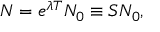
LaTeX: { \cal N } = e ^ { \lambda T } { \cal N } _ { 0 } \equiv { \cal S } { \cal N } _ { 0 } ,